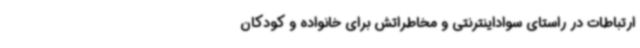
ارتباطات در راستای سواداینترنتی و مخاطراتش برای خانواده و کودکان